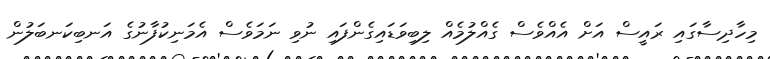
މިހާދިސާގައި ރައީސް އަށް އެއްވެސް ގެއްލުމެއް ލިބިވަޑައިގެންފައި ނުވި ނަމަވެސް އެމަނިކުފާނުގެ އަނބިކަނބަލުން